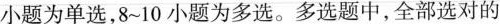
小题为单选，8~10小题为多选。多选题中，全部选对的